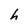
Character: h